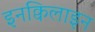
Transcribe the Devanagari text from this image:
इनक्विलाइन